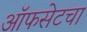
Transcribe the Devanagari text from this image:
ऑफसेटचा